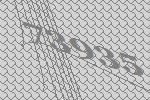
73935